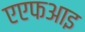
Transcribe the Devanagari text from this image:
एएफआइ